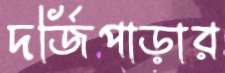
দর্জিপাড়ার